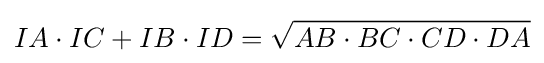
IA\cdot IC+IB\cdot ID={\sqrt {AB\cdot BC\cdot CD\cdot DA}}